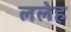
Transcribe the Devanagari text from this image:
ललेह